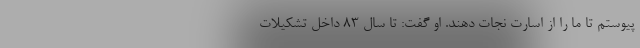
پیوستم تا ما را از اسارت نجات دهند. او گفت: تا سال ۸۳ داخل تشکیلات